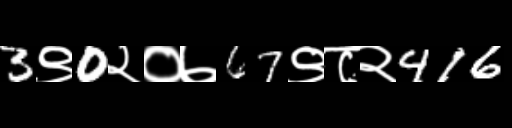
Text: 3९0२०७67९८२416